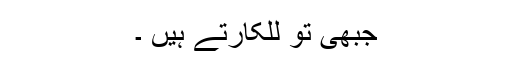
جبھی تو للکارتے ہیں ۔